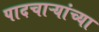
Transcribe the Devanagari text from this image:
पादचाऱ्यांच्या